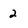
Character: 2